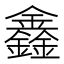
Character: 鑫